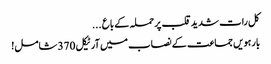
کل رات شدید قلب پرحملہ کے باع ...
بارہویں جماعت کے نصاب میں آرٹیکل 370 شامل!